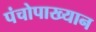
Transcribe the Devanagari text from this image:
पंचोपाख्यान